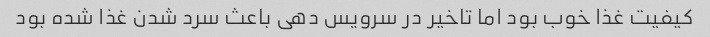
کیفیت غذا خوب بود اما تاخیر در سرویس دهی باعث سرد شدن غذا شده بود